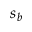
s _ { b }